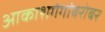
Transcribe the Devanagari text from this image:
आकाशगंगांबरोबर